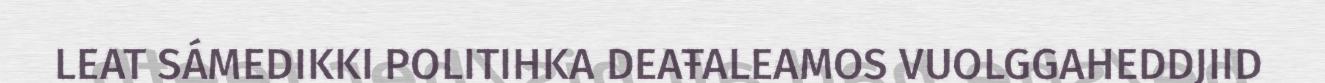
LEAT SÁMEDIKKI POLITIHKA DEAŦALEAMOS VUOLGGAHEDDJIID